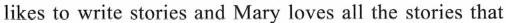
likes to write stories and Mary loves all the stories that